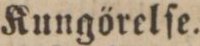
Kungörelſe.